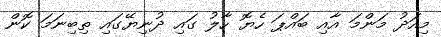
މިއަދު މަންމަ އާއި ބައްޕަ ހެޔޮ ހާލު ގައި ދުނިޔޭގައި ތިބިނަމަ ކޮން